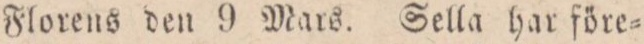
Florens den 9 Mars. Sella har före=